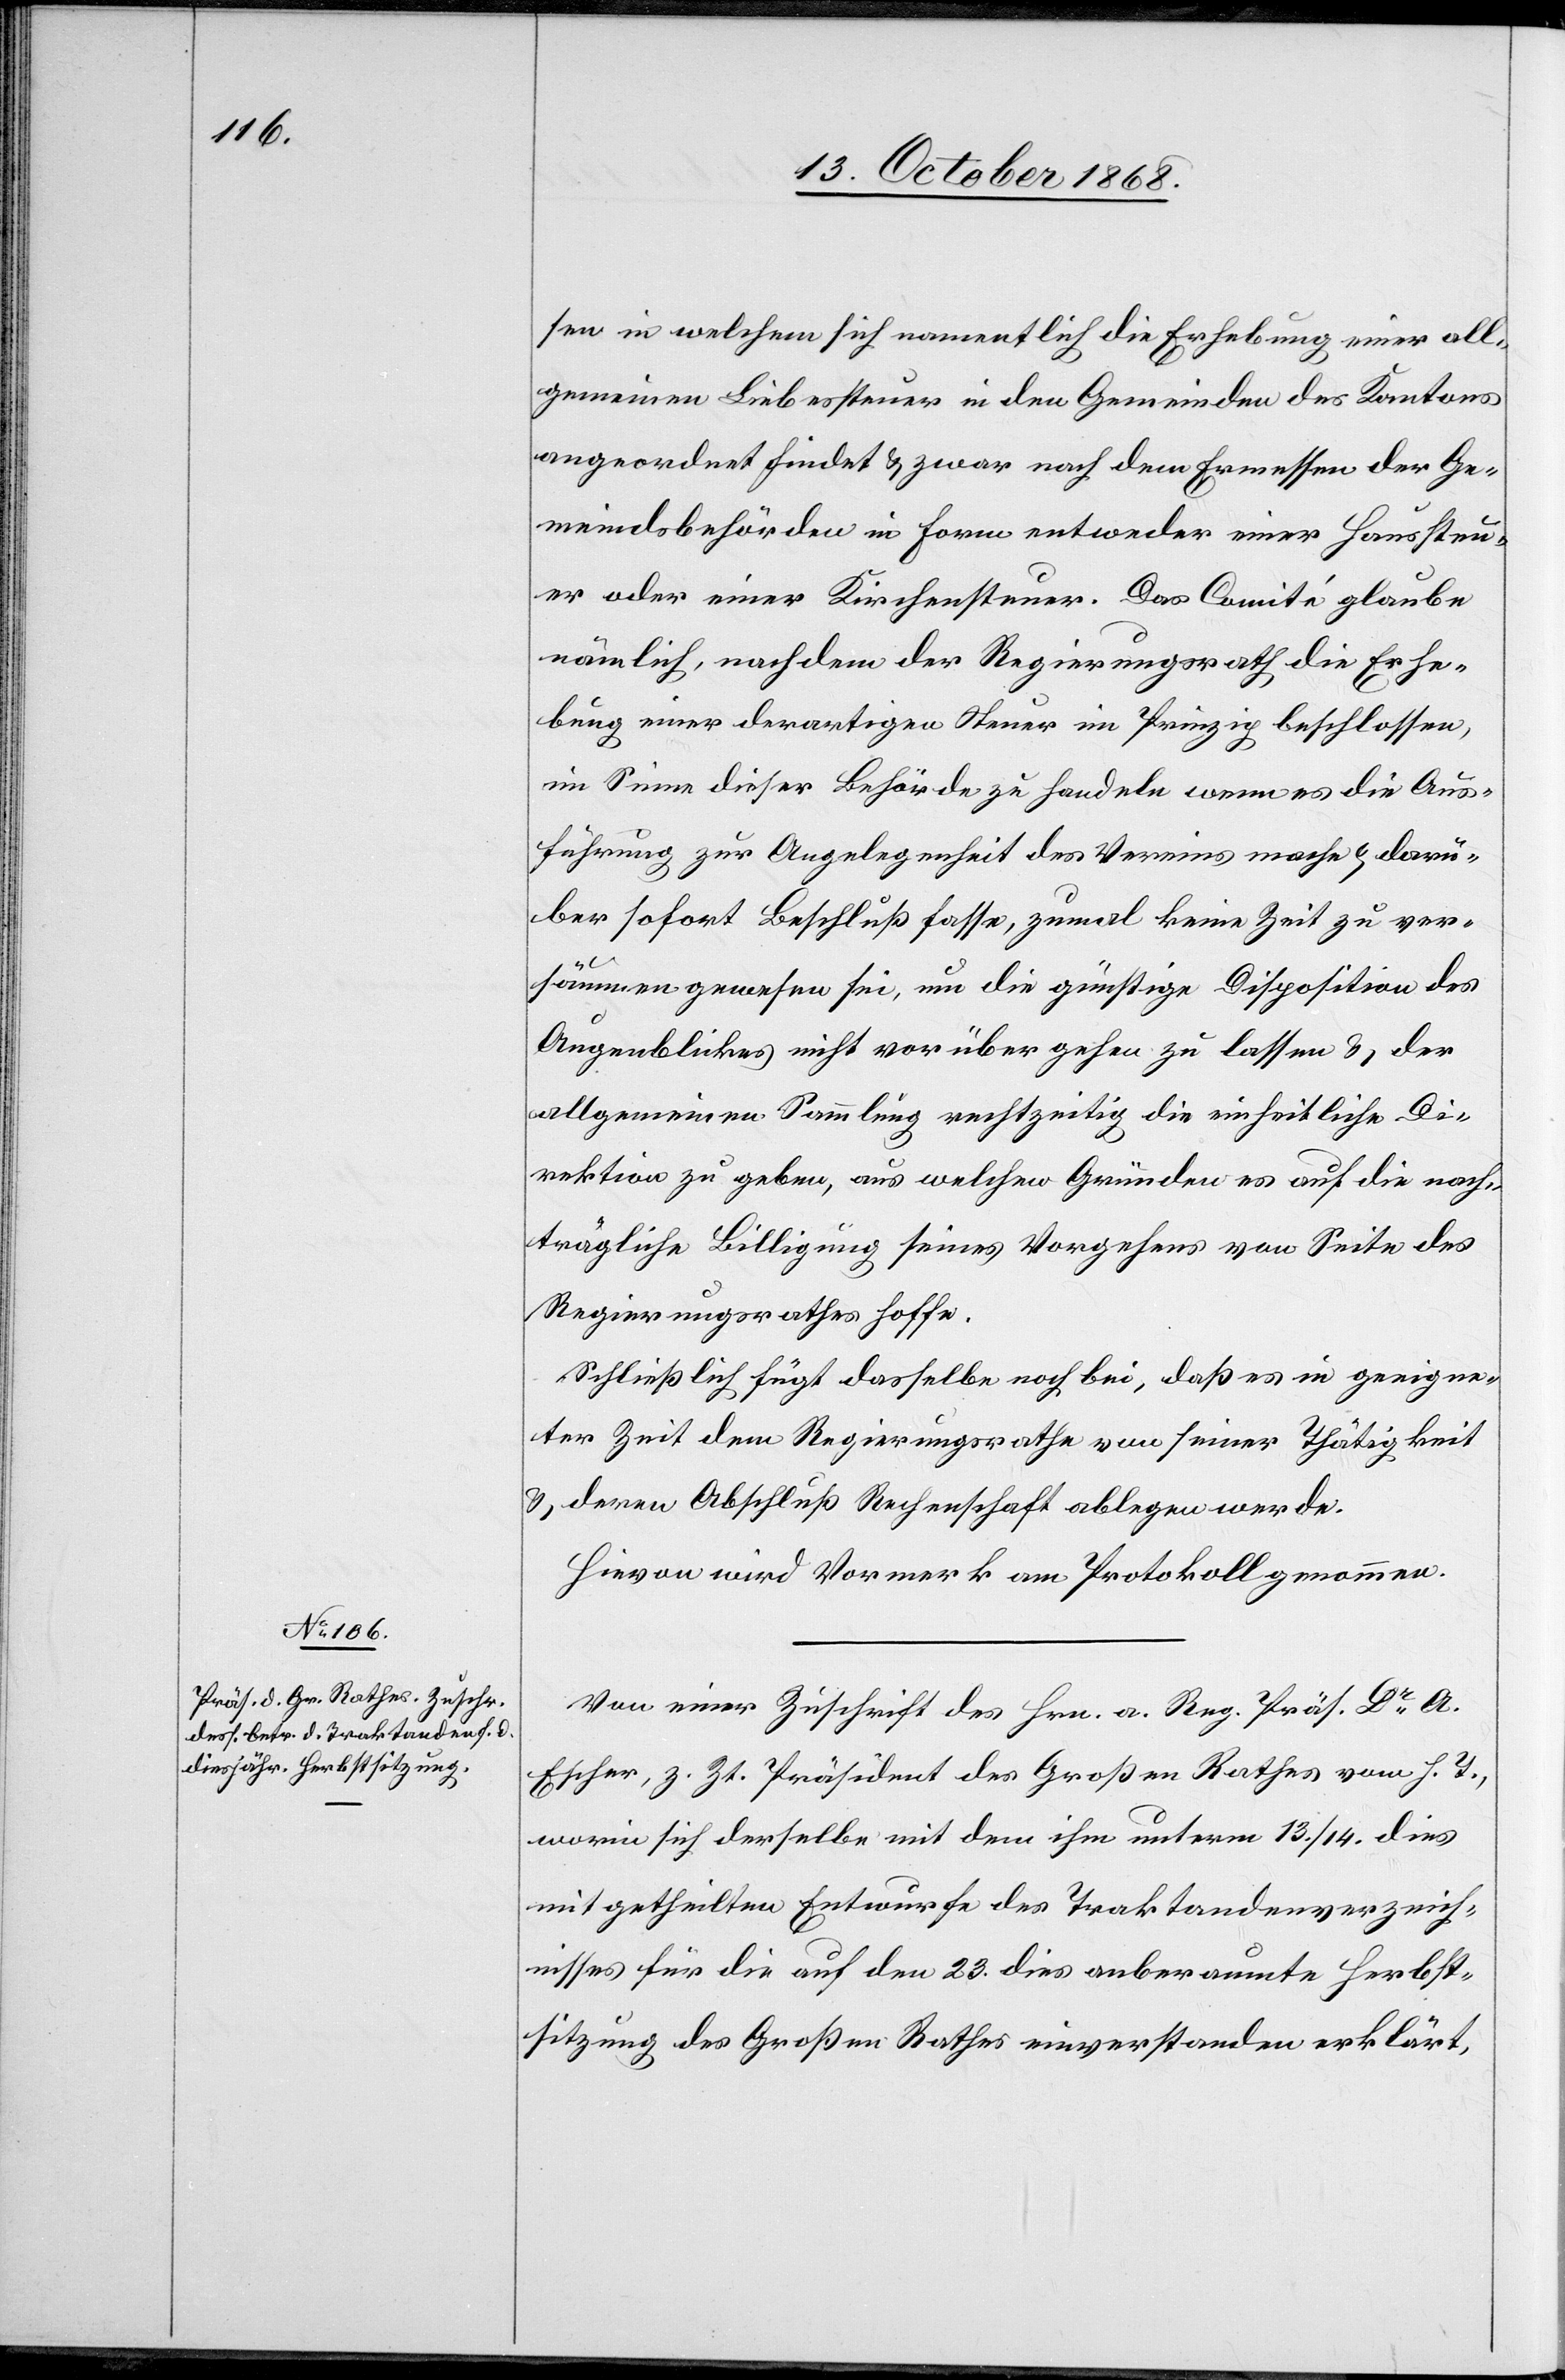
15. October 1868.]
sen in welchem sich namentlich die Erhebung einer all¬
gemeinen Liebessteuer in den Gemeinden des Kantons
angeordnet findet & zwar nach dem Ermessen der Ge¬
meindsbehörden in Form entweder einer Haussteu¬
er oder einer Kirchensteuer. Das Comité glaube
nämlich, nachdem der Regierungsrath die Erhe¬
bung einer derartigen Steuer im Prinzip beschlossen,
im Sinne dieser Behörde zu handeln wenn es die Aus¬
führung zur Angelegenheit des Vereins mache & darü¬
ber sofort Beschluß fasse, zumal keine Zeit zu ver¬
säumen gewesen sei, um die günstige Disposition des
Augenblickes nicht vorübergehen zu lassen & der
allgemeinen Sammlung rechtzeitig die einheitliche Di¬
rektion zu geben, aus welchen Gründen es auf die nach¬
trägliche Billigung seines Vorgehens von Seite des
Regierungsrathes hoffe.
Schließlich fügt dasselbe noch bei, daß es in geeigne¬
ter Zeit dem Regierungsrathe von seiner Thätigkeit
& deren Abschluß Rechenschaft ablegen werde.
Hievon wird Vormerk am Protokoll genommen.
Von einer Zuschrift des Hrn. a. Reg. Präs. Dr A.
Escher, z. Zt. Präsident des Großen Rathes vom h. T.,
worin sich derselbe mit dem ihm unterm 13./14. dies
mitgetheilten Entwurfe des Traktandenverzeich¬
nisses für die auf den 23. dies anberaumte Herbst¬
sitzung des Großen Rathes einverstanden erklärt,